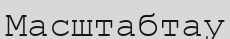
Масштабтау